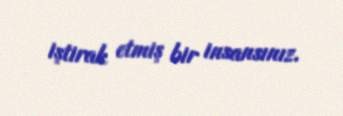
iştirak etmiş bir insansınız.